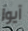
آيوا